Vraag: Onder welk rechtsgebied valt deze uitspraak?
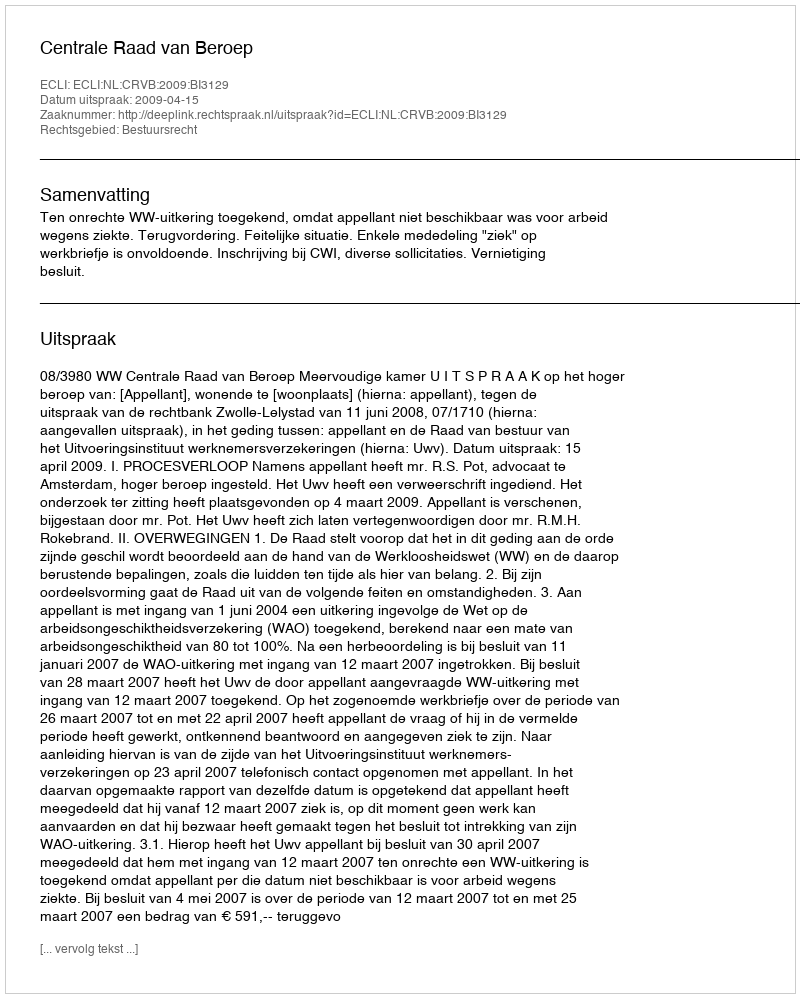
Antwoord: Bestuursrecht